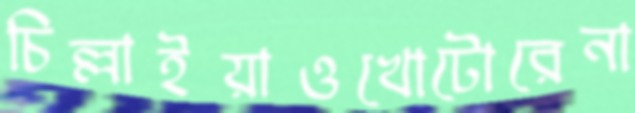
চিল্লাইয়াওখোটোরেনা